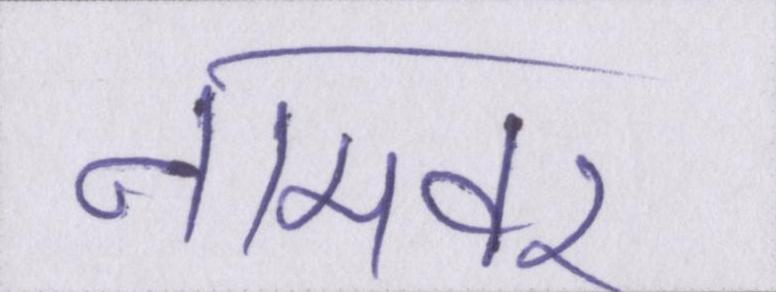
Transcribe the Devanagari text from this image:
नामवर